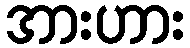
အားဟား